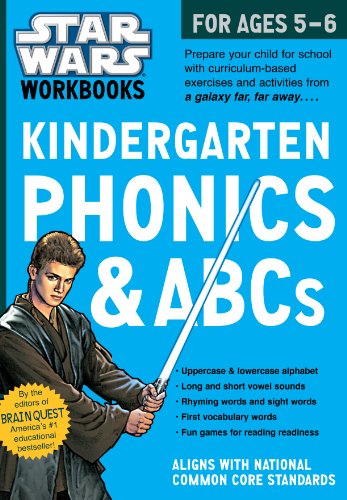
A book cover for Star Wars Workbook: Kindergarten Phonics and ABCs (Star Wars Workbooks); Workman Publishing; Children's Books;